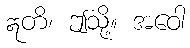
ဣတိ၊ ဤသို့။ အဝေါ